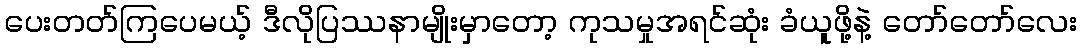
ပေးတတ်ကြပေမယ့် ဒီလိုပြဿနာမျိုးမှာတော့ ကုသမှုအရင်ဆုံး ခံယူဖို့နဲ့ တော်တော်လေး